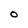
Character: O